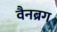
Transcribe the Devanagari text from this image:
वैनब्रग